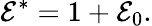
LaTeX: \mathcal{E}^{*}=1+\mathcal{E}_{0}.